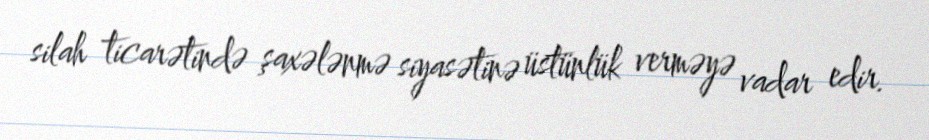
silah ticarətində şaxələnmə siyasətinə üstünlük verməyə vadar edir.